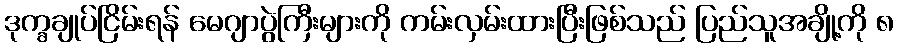
ဒုက္ခချုပ်ငြိမ်းရန် မေဂျာပွဲကြီးများကို ကမ်းလှမ်းထားပြီးဖြစ်သည် ပြည်သူအချို့ကို ၈